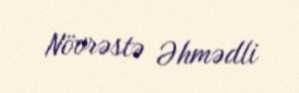
Növrəstə Əhmədli